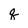
Character: q